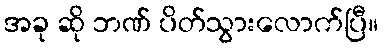
အခု ဆို ဘဏ် ပိတ်သွားလောက်ပြီ။